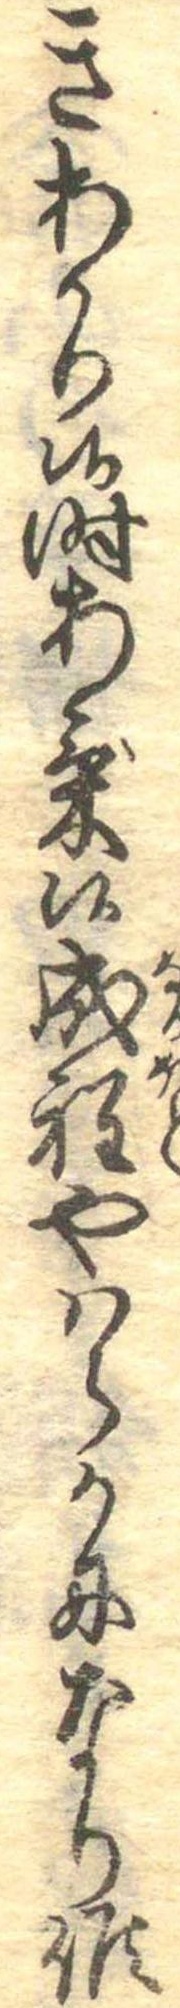
きあかり候時あけ候成程やはらかになり候